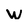
Character: w